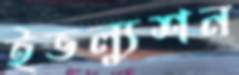
ইভল্যুশন